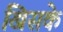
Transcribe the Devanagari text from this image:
खिसके